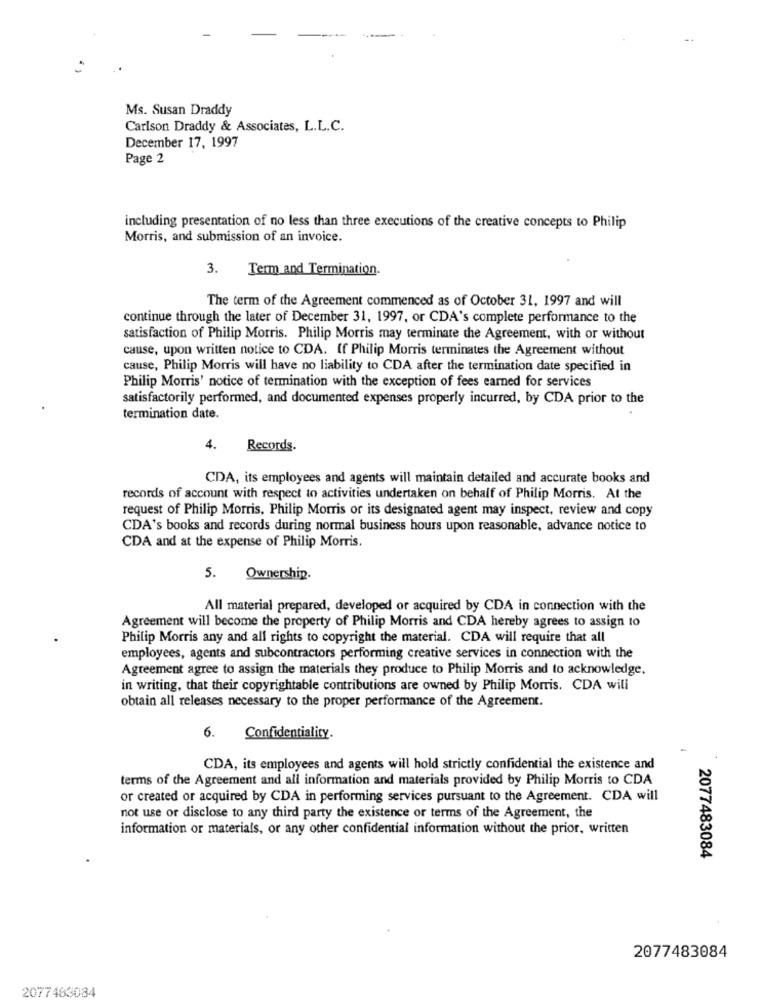
Ms. Susan Draddy
Carlson Draddy & Associates, L.L.C.
December 17, 1997
Page 2
including presentation of no less than three executions of the creative concepts to Philip
Morris, and submission of an invoice.
3. Term and Termination.
The term of the Agreement commenced as of October 31, 1997 and will
continue through the later of December 31, 1997, or CDA's complete performance to the
satisfaction of Philip Morris. Philip Morris may terminate the Agreement, with or without
cause, upon written notice to CDA. If Philip Morris terminates the Agreement without
cause, Philip Morris will have no liability to CDA after the termination date specified in
Philip Morris' notice of termination with the exception of fees earned for services
satisfactorily performed, and documented expenses properly incurred, by CDA prior to the
termination date.
4.
Records.
CDA, its employees and agents will maintain detailed and accurate books and
records of account with respect to activities undertaken on behalf of Philip Morris. At the
request of Philip Morris, Philip Morris or its designated agent may inspect, review and copy
CDA's books and records during normal business hours upon reasonable, advance notice to
CDA and at the expense of Philip Morris.
5.
Ownership.
All material prepared, developed or acquired by CDA in connection with the
Agreement will become the property of Philip Morris and CDA hereby agrees to assign to
Philip Morris any and all rights to copyright the material. CDA will require that all
employees, agents and subcontractors performing creative services in connection with the
Agreement agree to assign the materials they produce to Philip Morris and to acknowledge.
in writing, that their copyrightable contributions are owned by Philip Morris. CDA will
obtain all releases necessary to the proper performance of the Agreement.
6.
Confidentiality.
CDA, its employees and agents will hold strictly confidential the existence and
terms of the Agreement and all information and materials provided by Philip Morris to CDA
or created or acquired by CDA in performing services pursuant to the Agreement. CDA will
not use or disclose to any third party the existence or terms of the Agreement, the
information or materials, or any other confidential information without the prior, written
2077483084
2077483084
2077463084